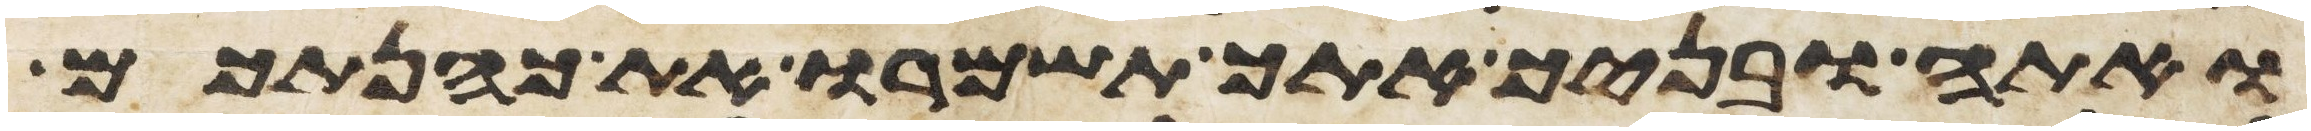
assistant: ואתה ובניך אתך תשמרו את כהנתכם